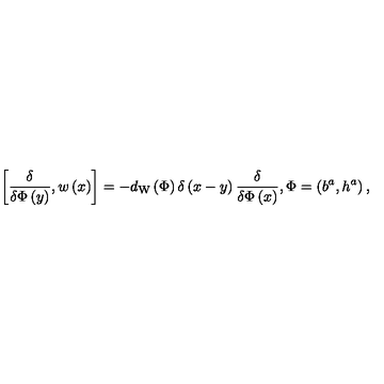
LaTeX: \left[ \frac \delta { \delta \Phi \left( y \right) } , w \left( x \right) \right] = - d _ { \mathrm { W } } \left( \Phi \right) \delta \left( x - y \right) \frac \delta { \delta \Phi \left( x \right) } , \Phi = \left( b ^ { a } , h ^ { a } \right) ,